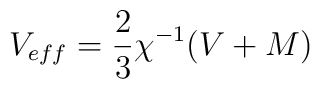
V_{eff}=\frac{2}{3}\chi^{-1}(V+M)